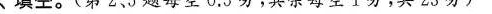
1. 5.7精确到百分位是( );3.409精确到千分位是( )